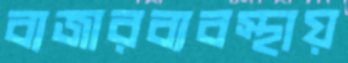
বাজারব্যবস্থায়